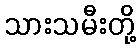
သားသမီးတို့